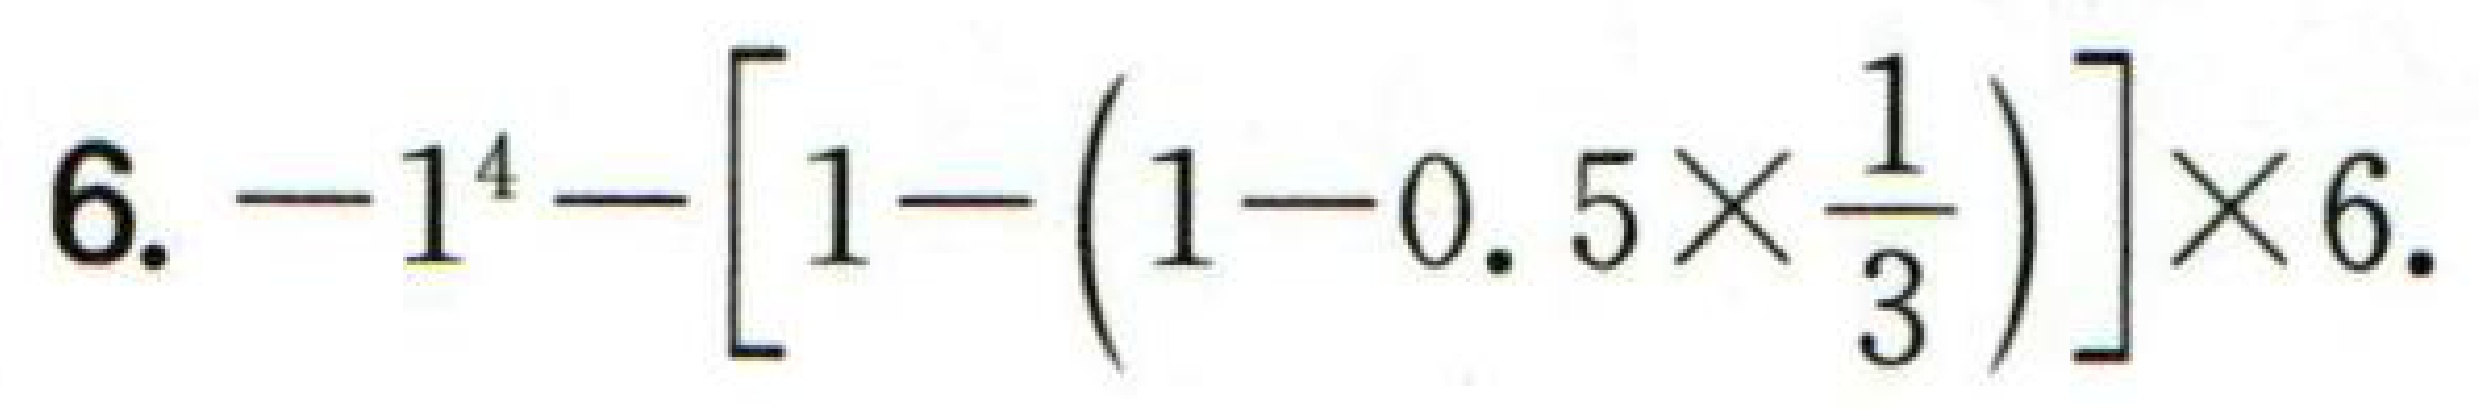
$6. -1^{4}-\left[1-\left(1 - 0.5\times\frac{1}{3}\right)\right]\times6.$